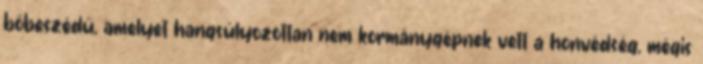
bőbeszédű, amelyet hangsúlyozottan nem kormánygépnek vett a honvédség, mégis